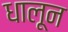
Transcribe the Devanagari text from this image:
धालून